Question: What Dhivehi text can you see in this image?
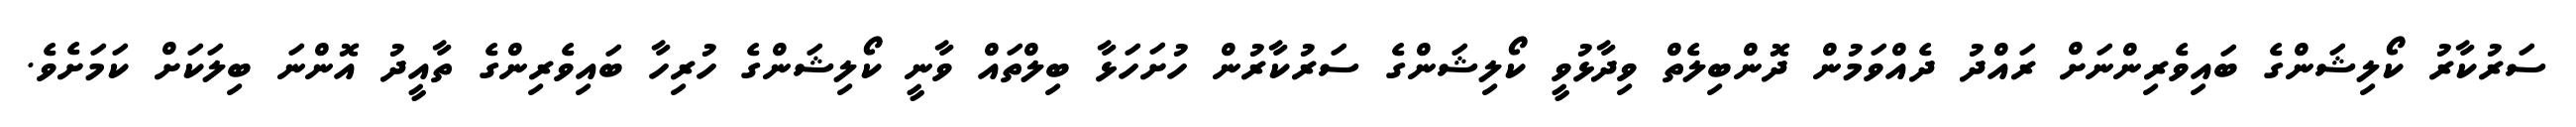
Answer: ސަރުކާރު ކޯލިޝަންގެ ބައިވެރިންނަށް ރައްދު ދެއްވަމުން ދޮންބިލެތް ވިދާޅުވީ ކޯލިޝަންގެ ސަރުކާރުން ހުށަހަޅާ ބިލްތައް ވާނީ ކޯލިޝަންގެ ހުރިހާ ބައިވެރިންގެ ތާއީދު އޮންނަ ބިލަކަށް ކަމަށެވެ.